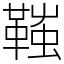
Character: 䩶